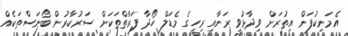
އެމަނިކުފަން އިތުރަށް ވިދާޅުވީ ރަނާއި ރިހީގެ މެޑަލް ހޯދާ ފަރާތްތަކަށް ސަރުކާރުން ބޯނަސްތަކެއް